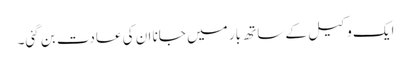
ایک وکیل کے ساتھ بار میں جانا ان کی عادت بن گئی۔